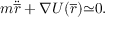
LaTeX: m { \ddot { \overline { { r } } } } + { \nabla U ( { \overline { { r } } } } ) { \simeq } 0 .